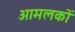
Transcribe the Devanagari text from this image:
आमलकों